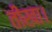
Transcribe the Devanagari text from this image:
तीखा।